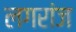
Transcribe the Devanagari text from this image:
लगरांज